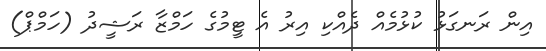
އިން ރަނގަޅު ކުޅުމެއް ދެއްކި އިރު އެ ޓީމުގެ ހަމްޒާ ރަޝީދު (ހަމްޕް)